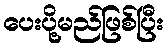
ပေးပို့မည်ဖြစ်ပြီး